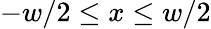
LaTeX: -w/2\leq x\leq w/2